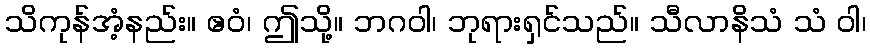
သိကုန်အံ့နည်း။ ဧဝံ၊ ဤသို့။ ဘဂဝါ၊ ဘုရားရှင်သည်။ သီလာနိသံ သံ ဝါ၊